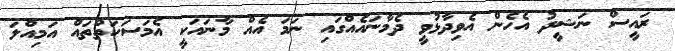
ރައީސް ނަޝީދު އެހެން އެވިދާޅުވީ ދެމާނައެއްގައި ނަމަ އެއް މާނައަކީ އެމަސަކަތްތައް އަމިއްލަ